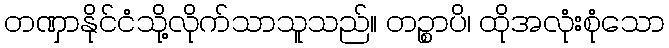
တဏှာနိုင်ငံသို့လိုက်သာသူသည်။ တဉ္စာပိ၊ ထိုအလုံးစုံသော